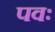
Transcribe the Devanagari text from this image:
पवः